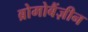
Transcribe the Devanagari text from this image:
ब्रोमोबैंज़ीन